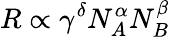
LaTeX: R\propto\gamma^{\delta}N_{A}^{\alpha}N_{B}^{\beta}